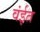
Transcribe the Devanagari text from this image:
वंईत